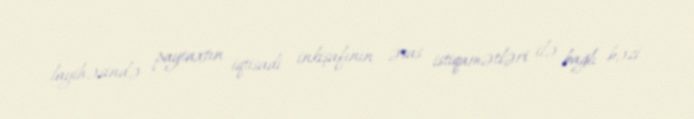
layihəsində paytaxtın iqtisadi inkişafının əsas istiqamətləri ilə bağlı bəzi